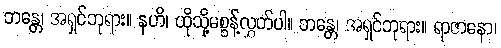
ဘန္တေ၊ အရှင်ဘုရား။ နဟိ၊ ထိုသို့မစွန့်လွှတ်ပါ။ ဘန္တေ၊ အရှင်ဘုရား။ ရာဇာနော၊